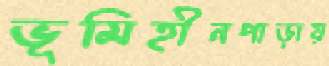
ভূমিহীনপাড়ায়